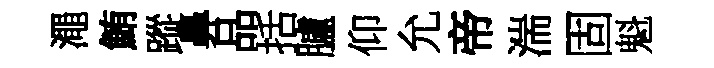
澠鮪蹤鼻品括臚仰允帝湍固魁